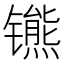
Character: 𫔒